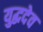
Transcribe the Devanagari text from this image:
युद्धदेव